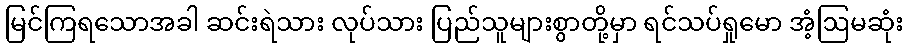
မြင်ကြရသောအခါ ဆင်းရဲသား လုပ်သား ပြည်သူများစွာတို့မှာ ရင်သပ်ရှုမော အံ့ဩမဆုံး